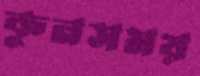
কুনসময়